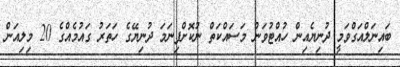
ބައިނަލްއަގްވަމީ ދުނިޔެއިން ހުއްޓުވަން މަސައްކަތް ނުކޮށްފިނަމަ ދުނިޔޭގެ ހަތަރު ގައުމެއްގެ 20 މިލިއަން